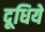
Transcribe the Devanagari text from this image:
दूधिये